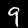
Digit: 9